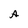
Character: A